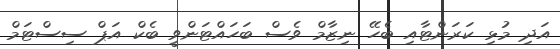
އަދި މުޅި ކަރަންޓާއި ބެހޭ ނިޒާމް ވެސް ބަހައްޓަންވީ ބެކް އަޕް ސިސްޓަމް